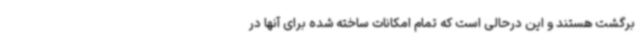
برگشت هستند و این درحالی است که تمام امکانات ساخته شده برای آنها در